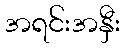
အရင်းအနှီး